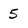
Character: 5